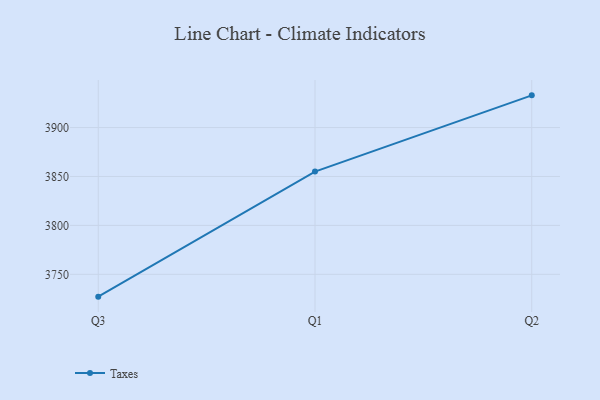
{"axis": {"x": "Quarter", "y": "Revenue (USD Million)"}, "legend": ["Taxes"], "data": [{"x": "Q3", "y": 3727.2, "type": "Taxes"}, {"x": "Q1", "y": 3855.0, "type": "Taxes"}, {"x": "Q2", "y": 3932.9, "type": "Taxes"}]}